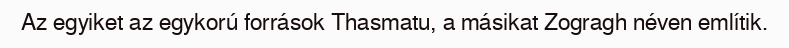
Az egyiket az egykorú források Thasmatu, a másikat Zogragh néven említik.